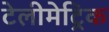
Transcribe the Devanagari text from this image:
टेलीमेट्रिक